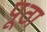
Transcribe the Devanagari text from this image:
पूठा